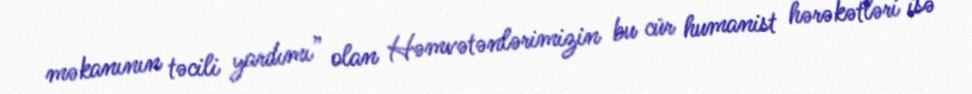
məkanının təcili yardımı” olan Həmvətənlərimizin bu cür humanist hərəkətləri isə